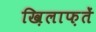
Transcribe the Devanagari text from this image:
ख़िलाफ़तें